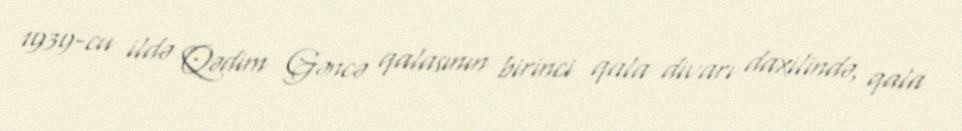
1939-cu ildə Qədim Gəncə qalasının birinci qala divarı daxilində, qala